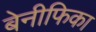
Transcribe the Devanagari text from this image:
बेनीफिका